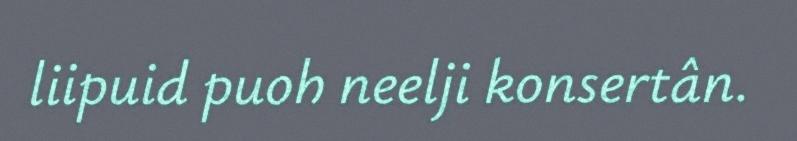
liipuid puoh neelji konsertân.